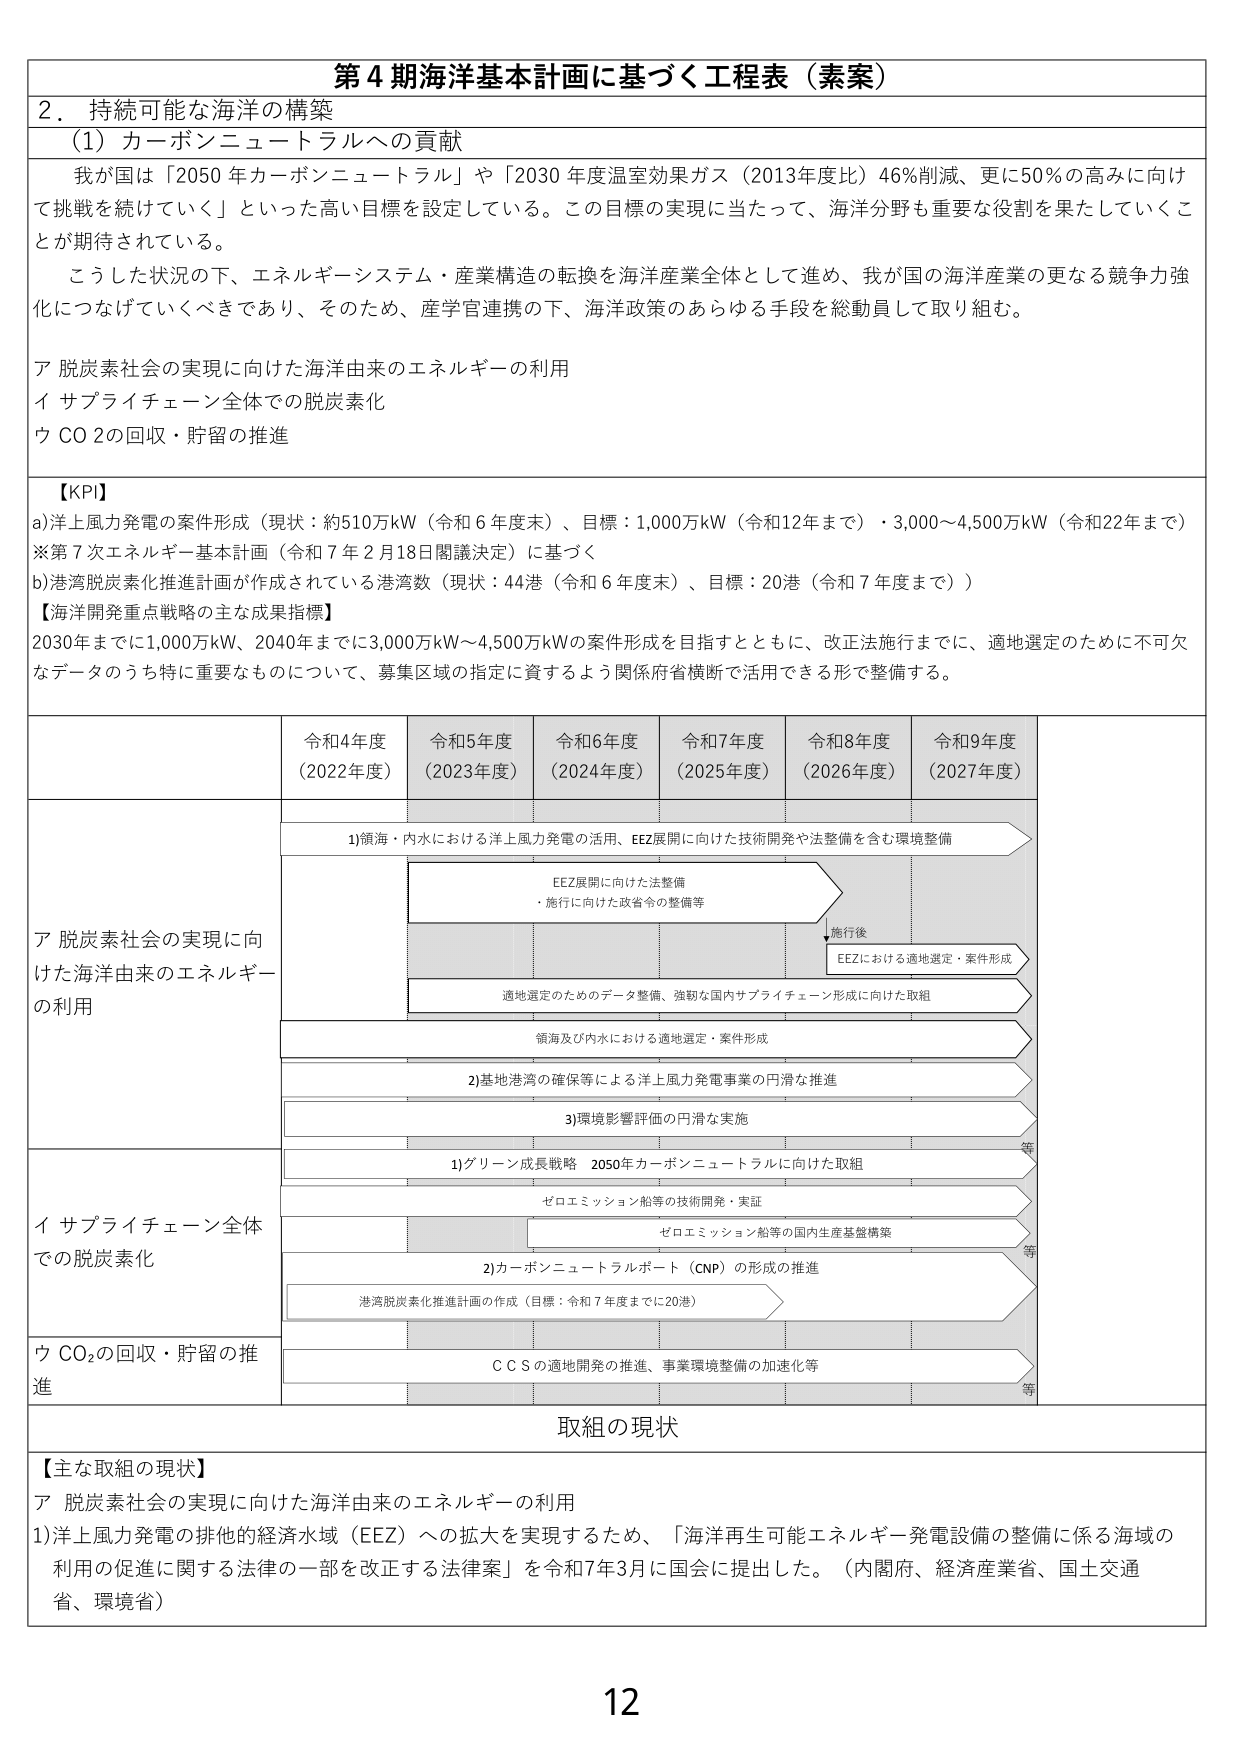
第４期海洋基本計画に基づく工程表（素案）

２．持続可能な海洋の構築

（1）カーボンニュートラルへの貢献

我が国は「2050年カーボンニュートラル」や「2030年度温室効果ガス（2013年度比）46％削減、更に50％の高みに向け
て挑戦を続けていく」といった高い目標を設定している。この目標の実現に当たって、海洋分野も重要な役割を果たしていくこ
とが期待されている。

こうした状況の下、エネルギーシステム・産業構造の転換を海洋産業全体として進め、我が国の海洋産業の更なる競争力強
化につなげていくべきであり、そのため、産学官連携の下、海洋政策のあらゆる手段を総動員して取り組む。

ア 脱炭素社会の実現に向けた海洋由来のエネルギーの利用
イ サプライチェーン全体での脱炭素化
ウ CO₂の回収・貯留の推進

【KPI】
a)洋上風力発電の案件形成（現状：約510万kW（令和6年度末）、目標：1,000万kW（令和12年まで）・3,000～4,500万kW（令和22年まで）
※第7次エネルギー基本計画（令和7年2月18日閣議決定）に基づく
b)港湾脱炭素化推進計画が作成されている港湾数（現状：44港（令和6年度末）、目標：20港（令和7年度まで））

【海洋開発重点戦略の主な成果指標】
2030年までに1,000万kW、2040年までに3,000万kW～4,500万kWの案件形成を目指すとともに、改正法施行までに、適地選定のために不可欠
なデータのうち特に重要なものについて、募集区域の指定に資するよう関係府省横断で活用できる形で整備する。

令和4年度
（2022年度） 令和5年度
（2023年度） 令和6年度
（2024年度） 令和7年度
（2025年度） 令和8年度
（2026年度） 令和9年度
（2027年度）

ア 脱炭素社会の実現に向
けた海洋由来のエネルギー
の利用

1)領海・内水における洋上風力発電の活用、EEZ展開に向けた技術開発や法整備を含む環境整備

EEZ展開に向けた法整備
・施行に向けた政省令の整備等

施行後
EEZにおける適地選定・案件形成

適地選定のためのデータ整備、強靭な国内サプライチェーン形成に向けた取組

領海及び内水における適地選定・案件形成

2)基地港湾の確保等による洋上風力発電事業の円滑な推進

3)環境影響評価の円滑な実施

等

イ サプライチェーン全体
での脱炭素化

1)グリーン成長戦略 2050年カーボンニュートラルに向けた取組

ゼロエミッション船等の技術開発・実証

ゼロエミッション船等の国内生産基盤構築

等

2)カーボンニュートラルポート（CNP）の形成の推進

港湾脱炭素化推進計画の作成（目標：令和7年度までに20港）

ウ CO₂の回収・貯留の推進

ＣＣＳの適地開発の推進、事業環境整備の加速化等

等

取組の現状

【主な取組の現状】
ア 脱炭素社会の実現に向けた海洋由来のエネルギーの利用
1)洋上風力発電の排他的経済水域（EEZ）への拡大を実現するため、「海洋再生可能エネルギー発電設備の整備に係る海域の
利用の促進に関する法律の一部を改正する法律案」を令和7年3月に国会に提出した。（内閣府、経済産業省、国土交通
省、環境省）

12